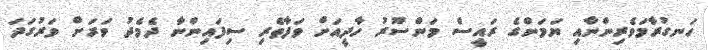
ހަނގުރާމަވެރިންނާއި ޔަމަންގެ ރައީސް މަންސޫރު ހާދީއަށް ވަފާތެރި ސިފައިންނާ ދެމެދު ވަރަށް ވަރުގަދަ